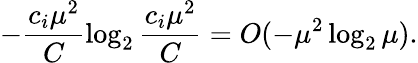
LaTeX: -\frac{c_{i}\mu^{2}}{C}\log_{2}{\frac{c_{i}\mu^{2}}{C}}=O(-\mu^{2}\log_{2}{\mu}).